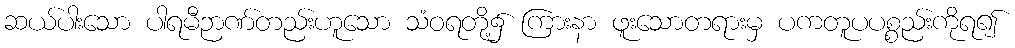
ဆယ်ပါးသော ပါရမီဉာဏ်တည်းဟူသော သံဝရတို့၌ ကြားနာ ဖူးသောတရားမှ ပကတူပပစ္စည်းကိုရ၍